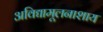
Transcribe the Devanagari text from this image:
अविद्यामूलनाशाय